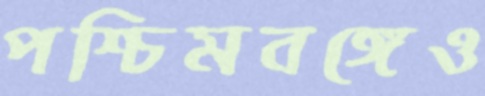
পশ্চিমবঙ্গেও